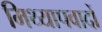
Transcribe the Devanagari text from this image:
मिथ्‍यापवादों